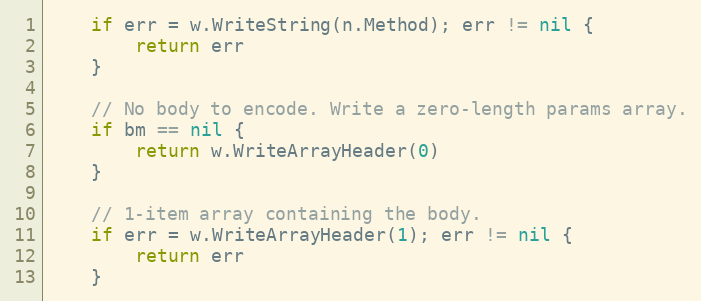
Language: Go
	if err = w.WriteString(n.Method); err != nil {
		return err
	}

	// No body to encode. Write a zero-length params array.
	if bm == nil {
		return w.WriteArrayHeader(0)
	}

	// 1-item array containing the body.
	if err = w.WriteArrayHeader(1); err != nil {
		return err
	}